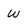
Character: w